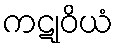
ကဋုဝိယံ